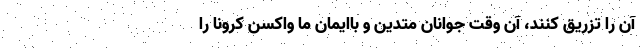
آن را تزریق کنند، آن وقت جوانان متدین و باایمان ما واکسن کرونا را